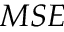
{ M S E }